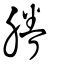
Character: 膡